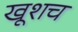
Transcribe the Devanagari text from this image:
खूशच